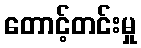
တောင့်တင်းမှု